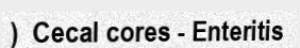
)  Cecal cores - Enteritis